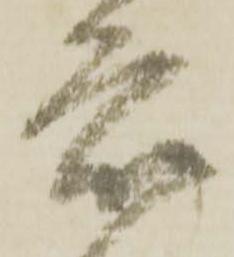
衆